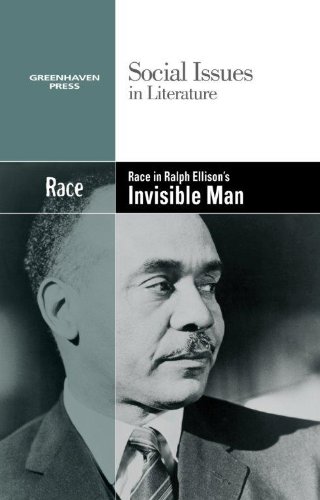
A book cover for Race in Ralph Ellison's Invisible Man (Social Issues in Literature); Hayley Mitchell Haugen; Teen & Young Adult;